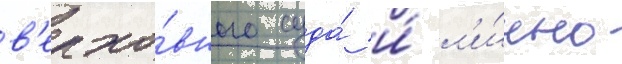
в'ерхо́вного суда́ и́ л'и́чно